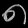
Digit: ၈